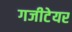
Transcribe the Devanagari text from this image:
गजीटेयर